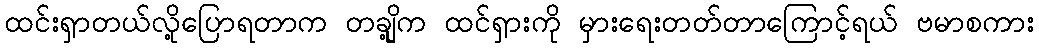
ထင်းရှာတယ်လို့ပြောရတာက တချို့က ထင်ရှားကို မှားရေးတတ်တာကြောင့်ရယ် ဗမာစကား